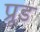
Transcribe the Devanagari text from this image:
प्रूड